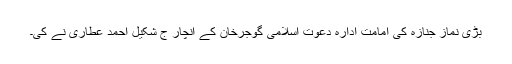
بڑی نماز جنازہ کی امامت ادارہ دعوت اسلامی گوجرخان کے انچار ج شکیل احمد عطاری نے کی۔